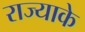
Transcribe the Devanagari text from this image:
राज्याके